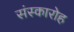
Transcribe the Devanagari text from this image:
संस्कारोह